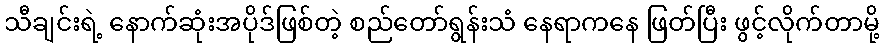
သီချင်းရဲ့ နောက်ဆုံးအပိုဒ်ဖြစ်တဲ့ စည်တော်ရွန်းသံ နေရာကနေ ဖြတ်ပြီး ဖွင့်လိုက်တာမို့